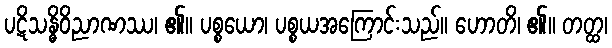
ပဋိသန္ဓိဝိညာဏဿ၊ ၏။ ပစ္စယော၊ ပစ္စယအကြောင်းသည်။ ဟောတိ၊ ၏။ တတ္ထ၊